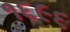
૧૬૯૬